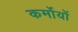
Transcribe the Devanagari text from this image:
कर्मोयों